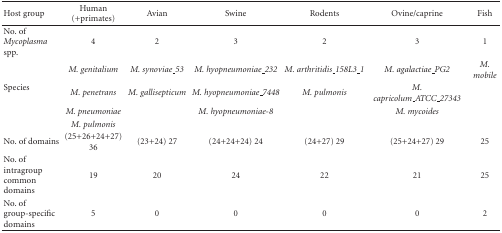
<table><thead><tr><td><b>Host group</b></td><td><b>Human (+primates)</b></td><td><b>Avian</b></td><td><b>Swine</b></td><td><b>Rodents</b></td><td><b>Ovine/caprine</b></td><td><b>Fish</b></td></tr></thead><tbody><tr><td>No. of <i>Mycoplasma</i> spp.</td><td>4</td><td>2</td><td>3</td><td>2</td><td>3</td><td>1</td></tr><tr><td rowspan="4">Species</td><td><i>M. genitalium</i></td><td><i>M. synoviae_53</i></td><td><i>M. hyopneumoniae_232</i></td><td><i>M. arthritidis_158L3_1</i></td><td><i>M. agalactiae_PG2</i></td><td><i>M. mobile</i></td></tr><tr><td><i>M. penetrans</i></td><td><i>M. gallisepticum</i></td><td><i>M. hyopneumoniae_7448</i></td><td><i>M. pulmonis</i></td><td><i>M. capricolum_ATCC_27343</i></td><td></td></tr><tr><td><i>M. pneumoniae</i></td><td></td><td><i>M. hyopneumoniae-8</i></td><td></td><td><i>M. mycoides</i></td><td></td></tr><tr><td><i>M. pulmonis</i></td><td></td><td></td><td></td><td></td><td></td></tr><tr><td>No. of domains</td><td>(25+26+24+27) 36</td><td>(23+24) 27</td><td>(24+24+24) 24</td><td>(24+27) 29</td><td>(25+24+27) 29</td><td>25</td></tr><tr><td>No. of intragroup common domains</td><td>19</td><td>20</td><td>24</td><td>22</td><td>21</td><td>25</td></tr><tr><td>No. of group-specific domains</td><td>5</td><td>0</td><td>0</td><td>0</td><td>0</td><td>2</td></tr></tbody></table>